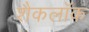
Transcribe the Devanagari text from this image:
शैकलॉक